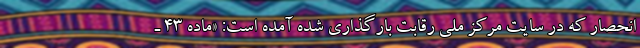
انحصار که در سایت مرکز ملی رقابت بارگذاری شده آمده است: «ماده ۴۳ ـ